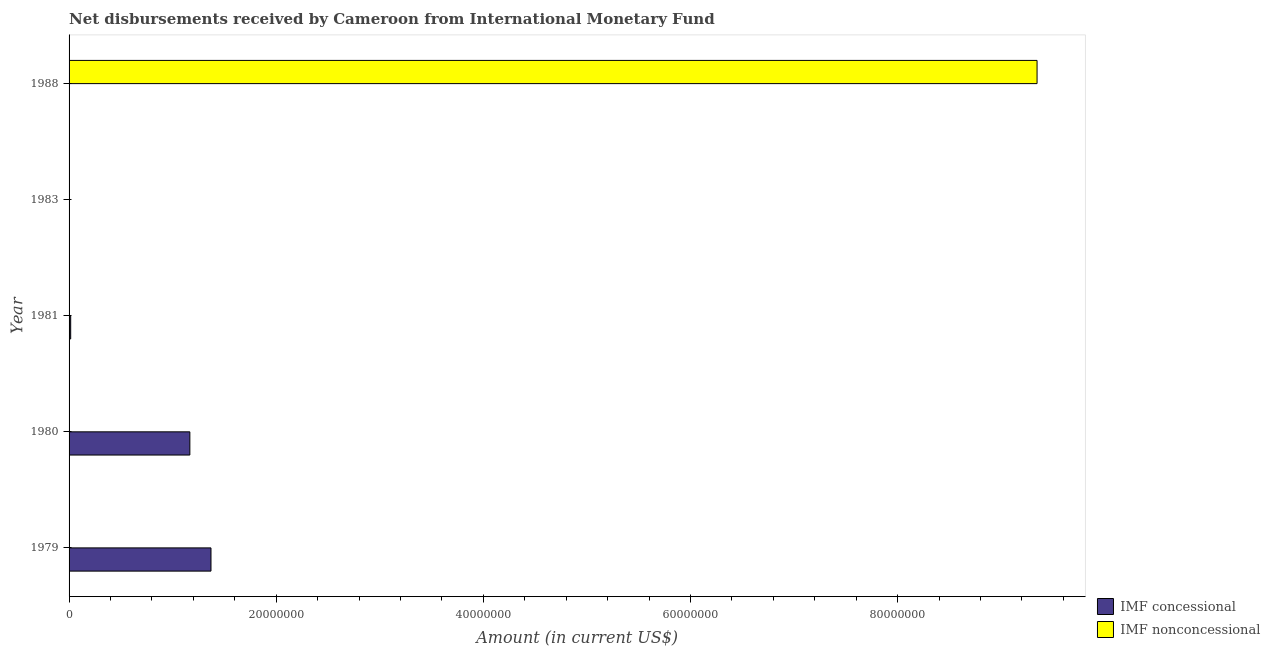
| Year | IMF concessional | IMF nonconcessional |
 | --- | --- | --- |
 | 1979 | 1.37e+07 | -1.47e+07 |
 | 1980 | 1.17e+07 | -1.67e+07 |
 | 1981 | 1.56e+05 | -1e+07 |
 | 1983 | -6.47e+05 | -6e+05 |
 | 1988 | -8.35e+06 | 9.35e+07 |